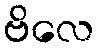
ဗိလေ